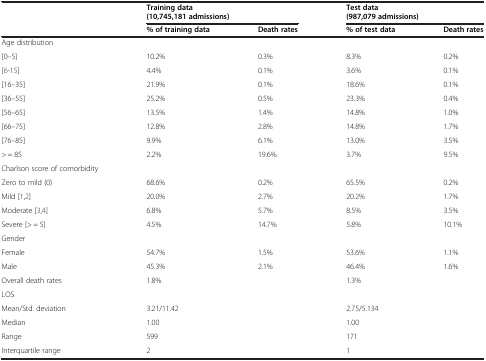
| <ROWSPAN=2>  | <COLSPAN=2> Training data (10,745,181 admissions) | <COLSPAN=2> Test data (987,079 admissions) |
 | % of training data | Death rates | % of test data | Death rates |
 | --- | --- | --- | --- | --- |
 | Age distribution |  |  |  |  |
 | [0–5] | 10.2% | 0.3% | 8.3% | 0.2% |
 | [6-15] | 4.4% | 0.1% | 3.6% | 0.1% |
 | [16–35] | 21.9% | 0.1% | 18.6% | 0.1% |
 | [36–55] | 25.2% | 0.5% | 23.3% | 0.4% |
 | [56–65] | 13.5% | 1.4% | 14.8% | 1.0% |
 | [66–75] | 12.8% | 2.8% | 14.8% | 1.7% |
 | [76–85] | 9.9% | 6.1% | 13.0% | 3.5% |
 | > = 85 | 2.2% | 19.6% | 3.7% | 9.5% |
 | Charlson score of comorbidity |  |  |  |  |
 | Zero to mild (0) | 68.6% | 0.2% | 65.5% | 0.2% |
 | Mild [1,2] | 20.0% | 2.7% | 20.2% | 1.7% |
 | Moderate [3,4] | 6.8% | 5.7% | 8.5% | 3.5% |
 | Severe [> = 5] | 4.5% | 14.7% | 5.8% | 10.1% |
 | Gender |  |  |  |  |
 | Female | 54.7% | 1.5% | 53.6% | 1.1% |
 | Male | 45.3% | 2.1% | 46.4% | 1.6% |
 | Overall death rates | 1.8% |  | 1.3% |  |
 | LOS |  |  |  |  |
 | Mean/Std. deviation | 3.21/11.42 |  | 2.75/5.134 |  |
 | Median | 1.00 |  | 1.00 |  |
 | Range | 599 |  | 171 |  |
 | Interquartile range | 2 |  | 1 |  |